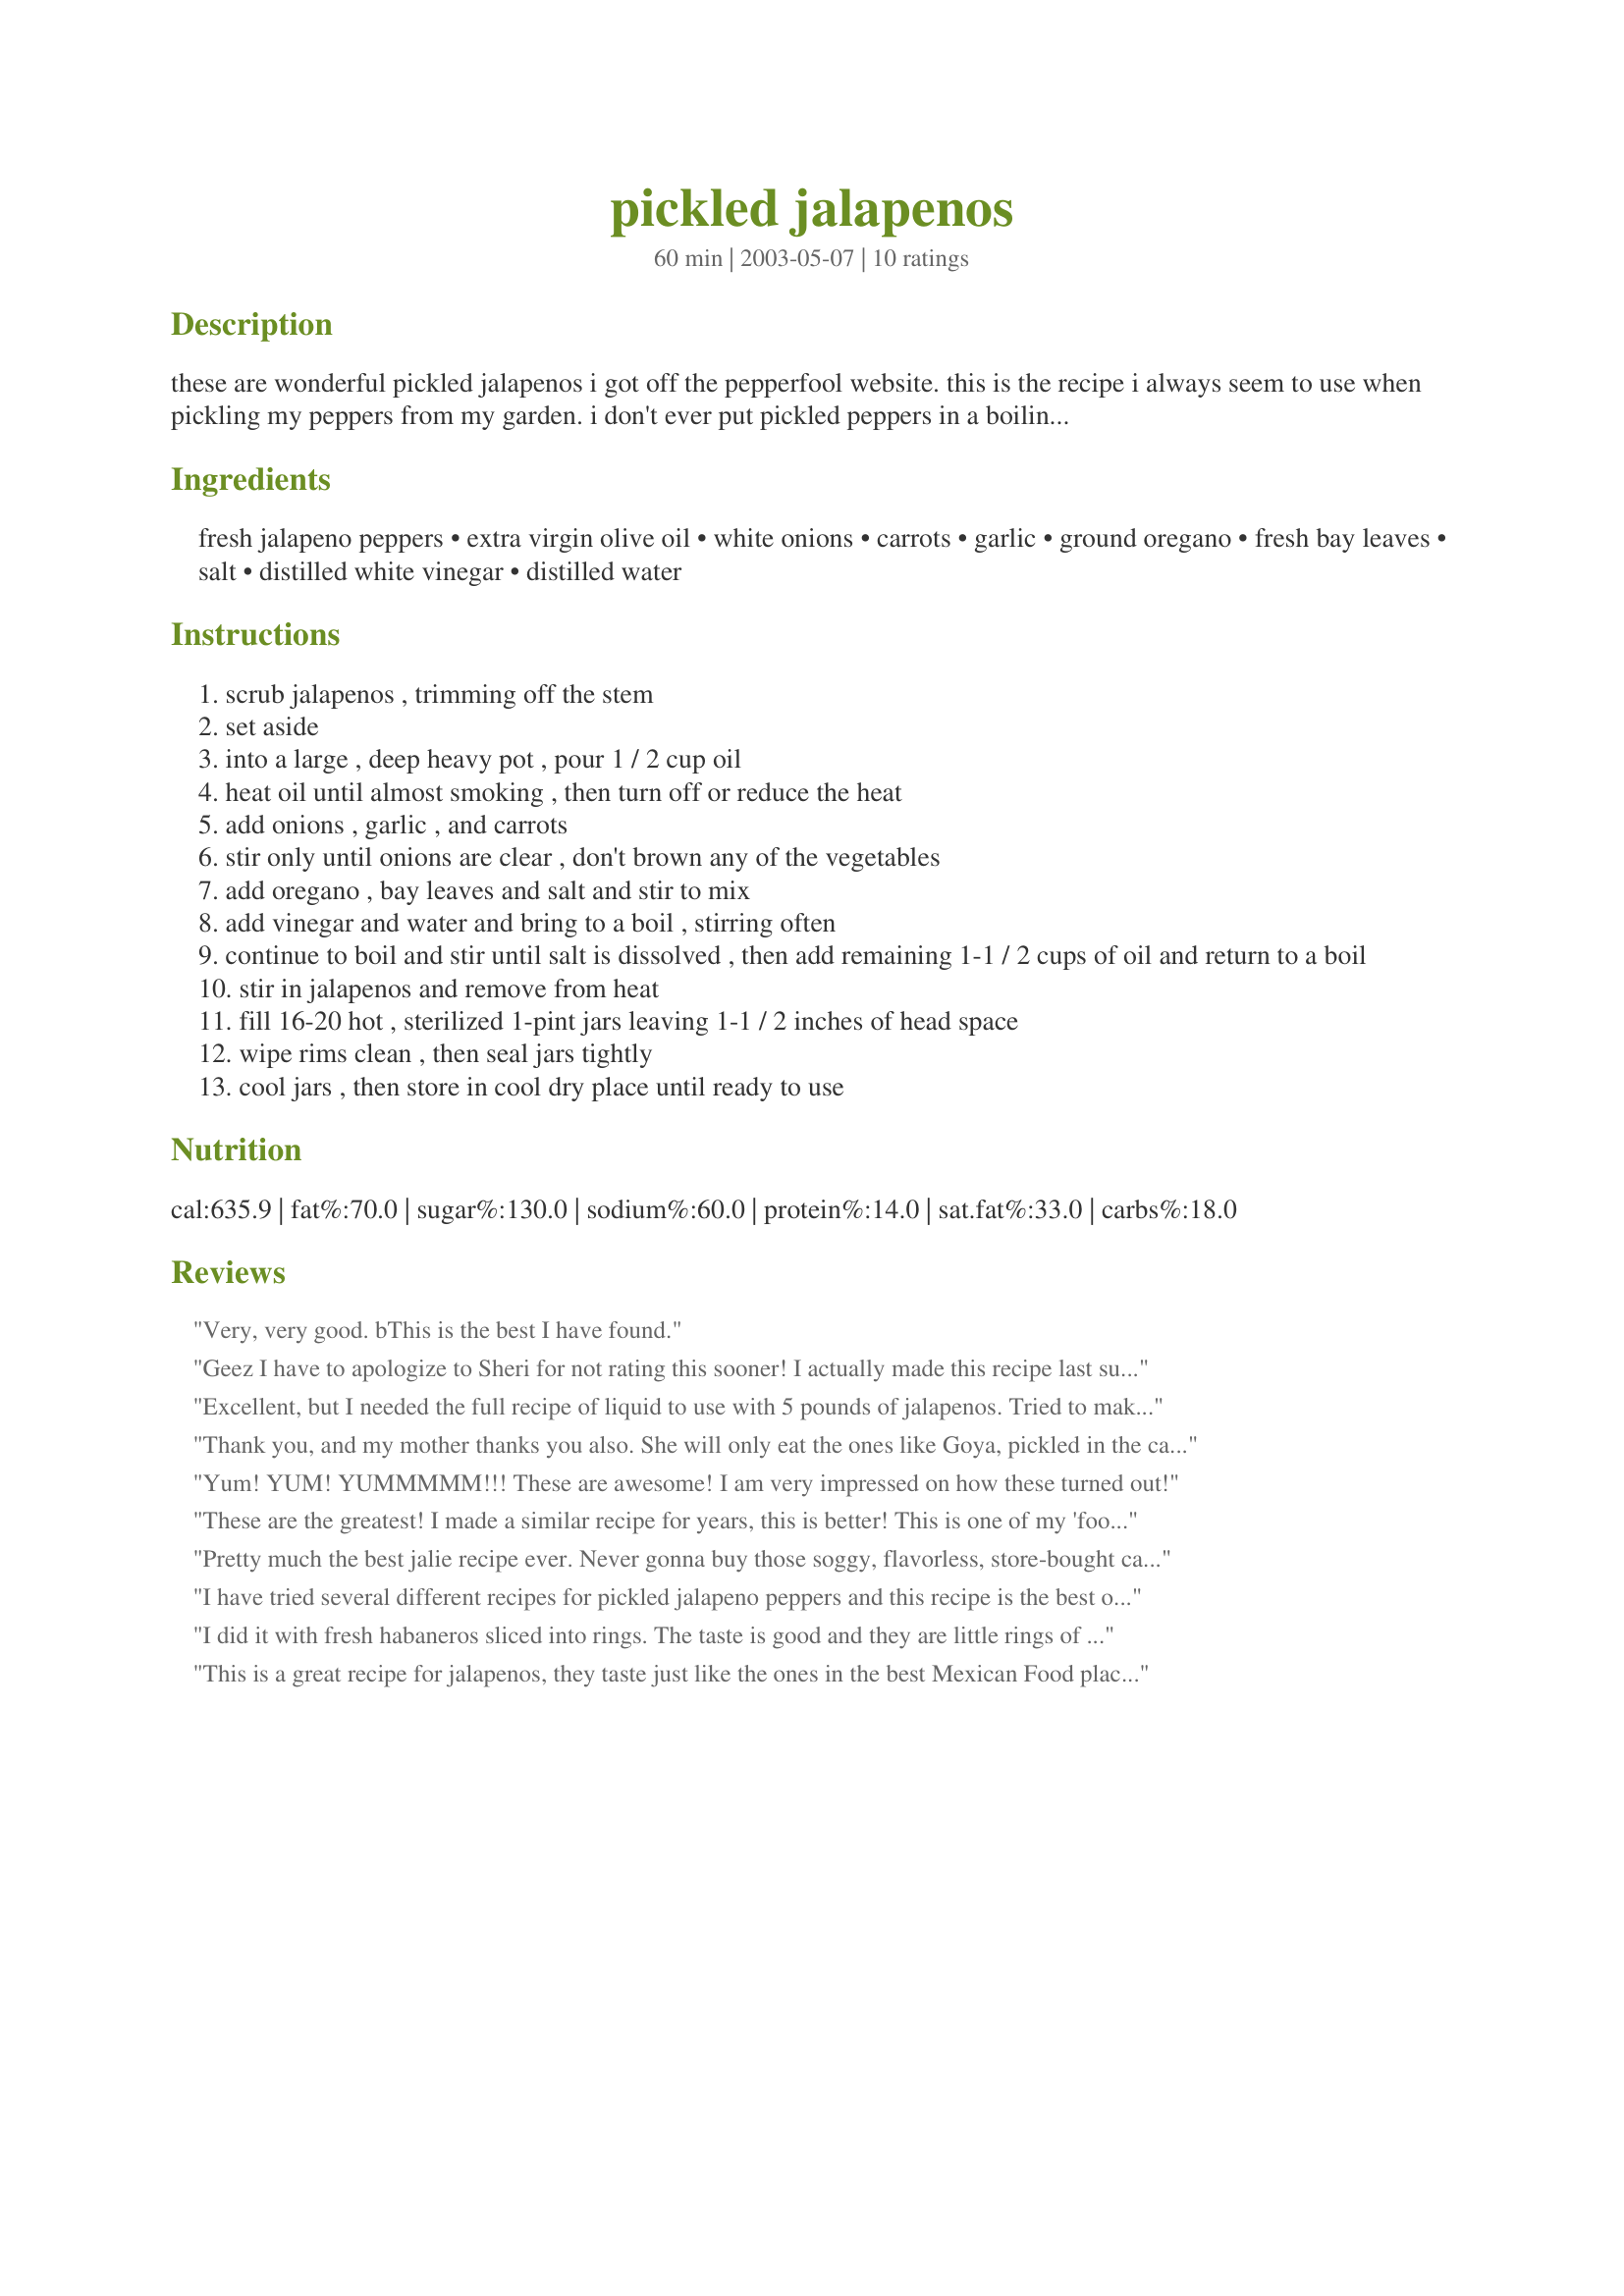
pickled jalapenos
Preparation time: 60 minutes

these are wonderful pickled jalapenos i got off the pepperfool website. this is the recipe i always seem to use when pickling my peppers from my garden. i don't ever put pickled peppers in a boiling water bath because it makes them all mushy. as long as you sterilize your jars and lids really good and make sure your vinegar solution is really hot when you put it in your jars it will seal your jars.

Ingredients:
fresh jalapeno peppers, extra virgin olive oil, white onions, carrots, garlic, ground oregano, fresh bay leaves, salt, distilled white vinegar, distilled water

Steps:
scrub jalapenos , trimming off the stem
set aside
into a large , deep heavy pot , pour 1 / 2 cup oil
heat oil until almost smoking , then turn off or reduce the heat
add onions , garlic , and carrots
stir only until onions are clear , don't brown any of the vegetables
add oregano , bay leaves and salt and stir to mix
add vinegar and water and bring to a boil , stirring often
continue to boil and stir until salt is dissolved , then add remaining 1-1 / 2 cups of oil and return to a boil
stir in jalapenos and remove from heat
fill 16-20 hot , sterilized 1-pint jars leaving 1-1 / 2 inches of head space
wipe rims clean , then seal jars tightly
cool jars , then store in cool dry place until ready to use

Reviews:
Very, very good. bThis is the best I have found.
Geez I have to apologize to Sheri for not rating this sooner! I actually made this recipe last summer and opened a jar today, I thought I had already reviewed it last year! when I went to print it today I noticed that I had forgotten to review it! I have to agree with Susie in Texas this *IS* one of the better recipes for pickled jalapeno, not much changes here except if my memory serves me right I think I did increase the garlic slightly, I am growning jalapenos in my garden again this summer and look forward to making this once again, we loved this recipe, thanks hon!...Kitten:)
Excellent, but I needed the full recipe of liquid to use with 5 pounds of jalapenos. Tried to make only 1/3 of the recipe the first time, and there was only enough liquid for 4 pints! Lots of wasted jalapenos, but we grow our own. The "Tam" jalapenos from Texas A&M University are our favorites.
Thank you, and my mother thanks you also. She will only eat the ones like Goya, pickled in the cans and with a little oil, and these are even better.So pretty in the jars too, and I love that they retain some texture, as the Goya are mushy.I will use this exclusively as my Pickled Jalapeno recipe, and cannot wait till my peppers are ready to be picked.
Yum! YUM! YUMMMMM!!! These are awesome! I am very impressed on how these turned out!
These are the greatest! I made a similar recipe for years, this is better! This is one of my 'food gifts' many friends love pickled jalapeno peppers! Let the vinegar oil mixture settle once peppers are eaten and use the oil for frying breaded veal cutlets, they are delicious!
Pretty much the best jalie recipe ever. Never gonna buy those soggy, flavorless, store-bought canned ones again.
I have tried several different recipes for pickled jalapeno peppers and this recipe is the best one I have tried. Very flavorful! The only change I made is that I used canning and pickling salt instead of regular salt. I never do a boiling water bath for pickles either. It isn't necessary because of the vinegar content. I didn't have 15 pounds of peppers to can, so I halved the ingredients. My family loves these. Thanks for sharing
I did it with fresh habaneros sliced into rings. The taste is good and they are little rings of fire. 

This is a great recipe for jalapenos, they taste just like the ones in the best Mexican Food places. I didn't have 15 lbs of jalapenos, so I added more carrots. The recipe is very easy and the results are great.
